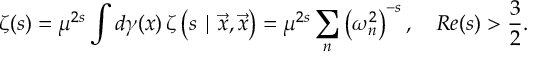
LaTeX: \zeta ( s ) = \mu ^ { 2 s } \int d \gamma ( x ) \, \zeta \left( s \mid \vec { x } , \vec { x } \right) = \mu ^ { 2 s } \sum _ { n } \left( \omega _ { n } ^ { 2 } \right) ^ { - s } , \quad R e ( s ) > \frac { 3 } { 2 } .